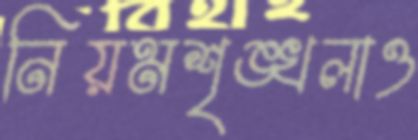
নিয়মশৃঙ্খলাও